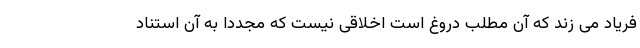
فریاد می زند که آن مطلب دروغ است اخلاقی نیست که مجددا به آن استناد